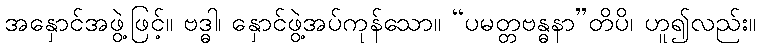
အနှောင်အဖွဲ့ဖြင့်။ ဗဒ္ဓါ၊ နှောင်ဖွဲ့အပ်ကုန်သော။ “ပမတ္တဗန္ဓနာ”တိပိ၊ ဟူ၍လည်း။